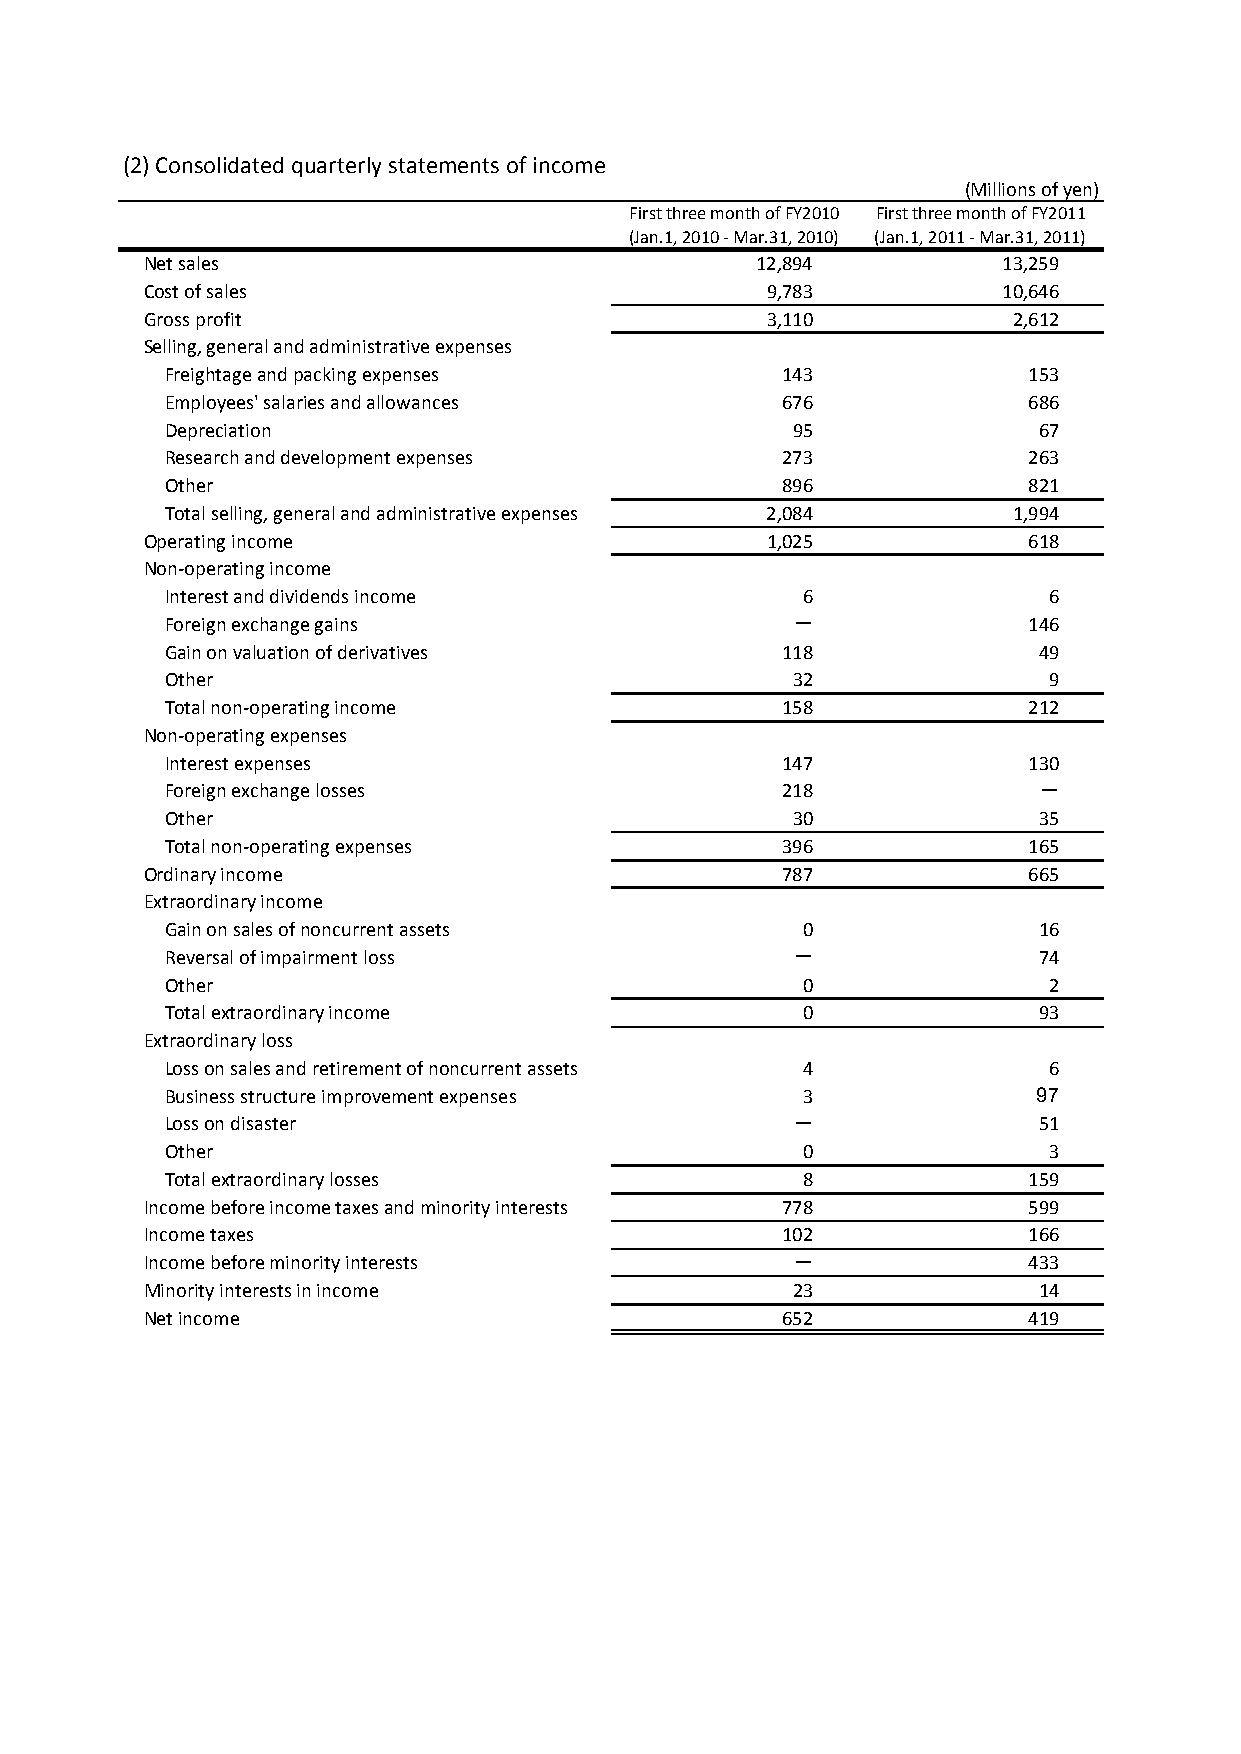
(2) Consolidated quarterly statements of income
 (Millions of yen)
 First three month of FY2010 First three month of FY2011
 (Jan.1, 2010 - Mar.31, 2010) (Jan.1, 2011 - Mar.31, 2011)
 Net sales                               12,894          13,259
 Cost of sales                            9,783          10,646
 Gross profit                             3,110           2,612
 Selling, general and administrative expenses
 Freightage and packing expenses          143             153
 Employees' salaries and allowances       676             686
 Depreciation                             95               67
 Research and development expenses        273             263
 Other                                    896             821
 Total selling, general and administrative expenses 2,084 1,994
 Operating income                         1,025            618
 Non-operating income
 Interest and dividends income             6               6
 Foreign exchange gains                   －               146
 Gain on valuation of derivatives         118              49
 Other                                    32               9
 Total non-operating income               158             212
 Non-operating expenses
 Interest expenses                        147             130
 Foreign exchange losses                  218              －
 Other                                    30               35
 Total non-operating expenses             396             165
 Ordinary income                           787             665
 Extraordinary income
 Gain on sales of noncurrent assets        0               16
 Reversal of impairment loss              －                74
 Other                                     0               2
 Total extraordinary income                0               93
 Extraordinary loss
 Loss on sales and retirement of noncurrent assets 4       6
 Business structure improvement expenses   3               97
 Loss on disaster                         －                51
 Other                                     0               3
 Total extraordinary losses                8              159
 Income before income taxes and minority interests 778     599
 Income taxes                              102             166
 Income before minority interests          －               433
 Minority interests in income              23               14
 Net income                                652             419